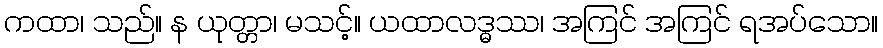
ကထာ၊ သည်။ န ယုတ္တာ၊ မသင့်။ ယထာလဒ္ဓဿ၊ အကြင် အကြင် ရအပ်သော။